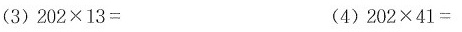
(3)202×13=(4)202×41=